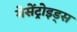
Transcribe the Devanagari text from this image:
मेसेंट्रोइड्स